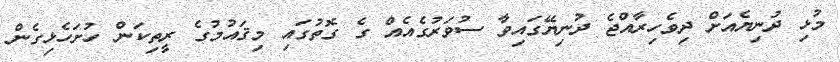
މުޅި ދުނިޔެއަށް ދިވެހިރާއްޖެ ދުނިޔޭގައިވާ ސުވަރުގެއެއް ގެ ގޮތުގައި މިޤައުމުގެ ރީތިކަން ހުށަހެޅިގެން